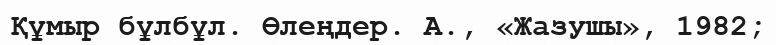
Құмыр бұлбұл. Өлеңдер. А., «Жазушы», 1982;